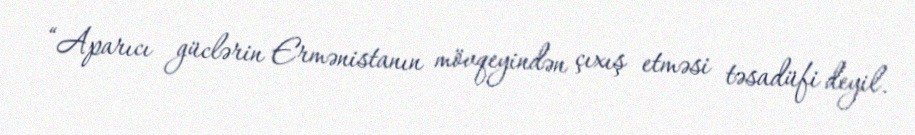
“Aparıcı güclərin Ermənistanın mövqeyindən çıxış etməsi təsadüfi deyil.